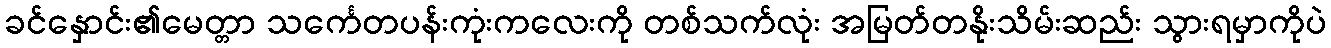
ခင်နှောင်း၏မေတ္တာ သင်္ကေတပန်းကုံးကလေးကို တစ်သက်လုံး အမြတ်တနိုးသိမ်းဆည်း သွားရမှာကိုပဲ